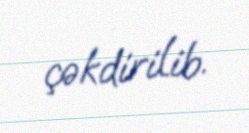
çəkdirilib.